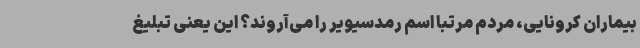
بیماران کرونایی، مردم مرتبا اسم رمدسیویر را می‌آروند؟ این یعنی تبلیغ